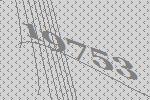
19753